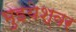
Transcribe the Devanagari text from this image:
भुइयेश्वर